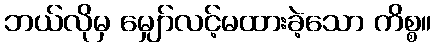
ဘယ်လိုမှ မျှော်လင့်မထားခဲ့သော ကိစ္စ။